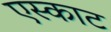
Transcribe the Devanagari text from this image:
एस्काट